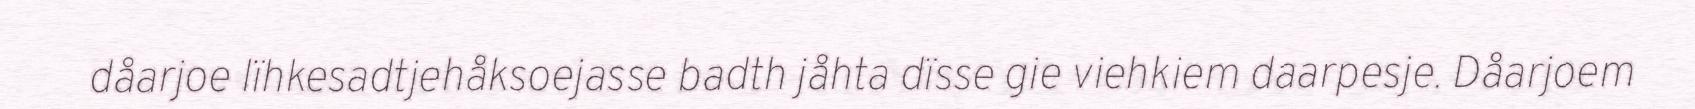
dåarjoe lïhkesadtjehåksoejasse badth jåhta dïsse gie viehkiem daarpesje. Dåarjoem